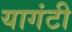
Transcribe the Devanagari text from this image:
यागंटी